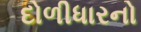
દોળીધારનો